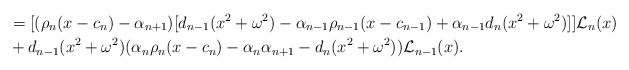
\begin{align*}&=[(\rho_n(x-c_n)-\alpha_{n+1})[ d_{n-1}(x^2+\omega^2)-\alpha_{n-1} \rho_{n-1} (x-c_{n-1})+\alpha_{n-1}d_n (x^2+\omega^2) ]]\mathcal{L}_{n}(x) \\&+d_{n-1}(x^2+\omega^2)(\alpha_n\rho_n(x-c_n)-\alpha_n \alpha_{n+1}-d_n (x^2+\omega^2)) \mathcal{L}_{n-1}(x).\end{align*}